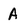
Character: A